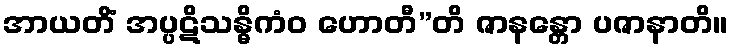
အာယတိံ အပ္ပဋိသန္ဓိကံဝ ဟောတီ”တိ ဇာနန္တော ပဇာနာတိ။